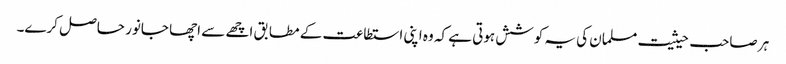
ہر صاحب حیثیت مسلمان کی یہ کوشش ہوتی ہے کہ وہ اپنی استطاعت کے مطابق اچھے سے اچھا جانور حاصل کرے۔